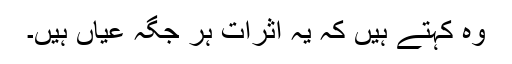
وہ کہتے ہیں کہ یہ اثرات ہر جگہ عیاں ہیں۔